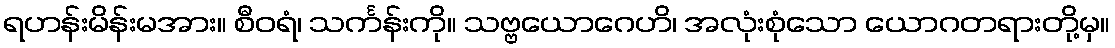
ရဟန်းမိန်းမအား။ စီဝရံ၊ သင်္ကန်းကို။ သဗ္ဗယောဂေဟိ၊ အလုံးစုံသော ယောဂတရားတို့မှ။